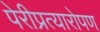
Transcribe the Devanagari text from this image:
पेरीप्रत्यारोपण